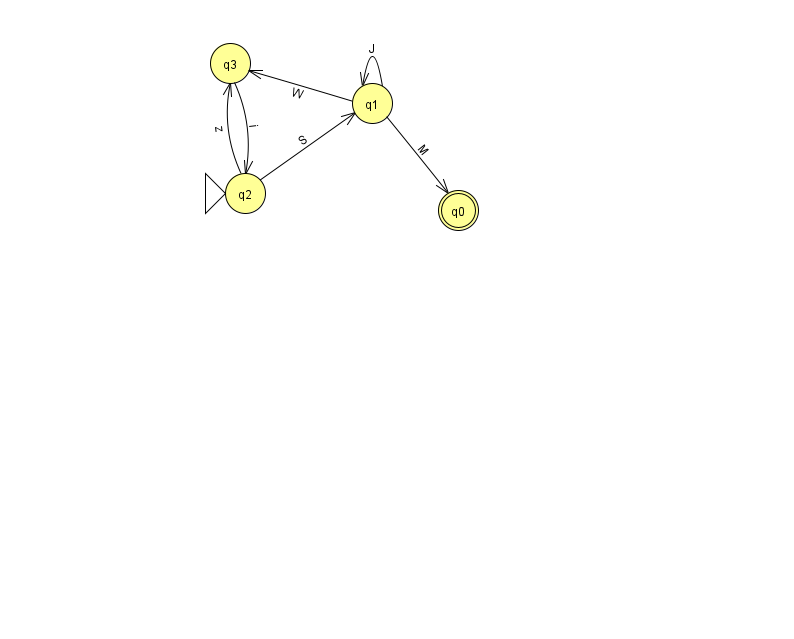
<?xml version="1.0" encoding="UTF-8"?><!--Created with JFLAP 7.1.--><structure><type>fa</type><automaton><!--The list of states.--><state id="0" name="q0"><x>458.0</x><y>197.0</y><final/></state><state id="1" name="q1"><x>372.0</x><y>90.0</y></state><state id="2" name="q2"><x>245.0</x><y>180.0</y><initial/></state><state id="3" name="q3"><x>230.0</x><y>50.0</y></state><!--The list of transitions.--><transition><from>3</from><to>2</to><read>i</read></transition><transition><from>1</from><to>1</to><read>J</read></transition><transition><from>2</from><to>3</to><read>z</read></transition><transition><from>1</from><to>0</to><read>M</read></transition><transition><from>2</from><to>1</to><read>S</read></transition><transition><from>1</from><to>3</to><read>W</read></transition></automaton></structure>